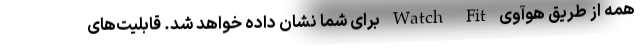
همه از طریق هوآوی Watch Fit برای شما نشان داده خواهد شد. قابلیت‌های